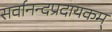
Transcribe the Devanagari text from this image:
सर्वानन्दप्रदायकम्